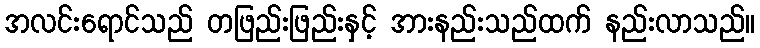
အလင်းရောင်သည် တဖြည်းဖြည်းနှင့် အားနည်းသည်ထက် နည်းလာသည်။